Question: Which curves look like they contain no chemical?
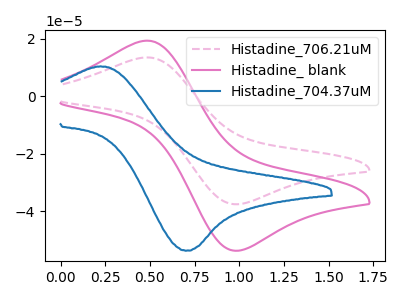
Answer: <think>The pink dashed curve "Histadine_706.21uM" has an anodic peak at (0.50V, 13.55uA) and a cathodic peak at (1.00V, -37.55uA). The pink curve "Histadine_ blank" has an anodic peak at (0.50V, 19.35uA) and a cathodic peak at (1.00V, -53.70uA). The blue curve "Histadine_704.37uM" has an anodic peak at (0.20V, 10.40uA) and a cathodic peak at (0.70V, -53.70uA).</think>
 <answer>There are not any CV's on this graph that are likely to be blanks.</answer>
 <eval>none</eval>